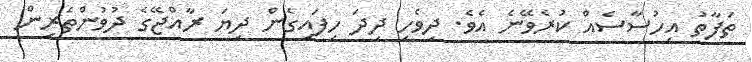
ތަފާތު އިހުސާސެއް ކުރެވޭނެ އެވެ. ދިވެހި ދިދަ ހިފައިގެން ދިޔަ ރާއްޖޭގެ ދުވުންތެރިން